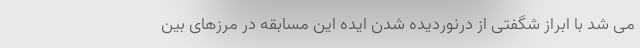
می شد با ابراز شگفتی از درنوردیده شدن ایده این مسابقه در مرزهای بین